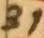
Text: 31